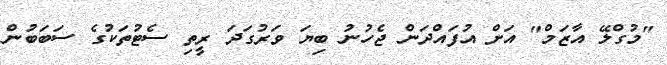
"މުގްލޭ އާޒަމް" އަށް އުފައްދަން ޖެހުނު ބިޔަ ވަރުގަދަ ރީތި ސެޓުތަކުގެ ސަބަބުން